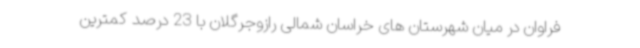
فراوان در میان شهرستان های خراسان شمالی رازوجرگلان با 23 درصد کمترین